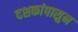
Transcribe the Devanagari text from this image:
दशकांपासुन